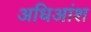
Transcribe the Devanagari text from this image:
अधिआंश